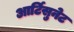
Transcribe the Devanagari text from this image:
आर्टिसुनेट